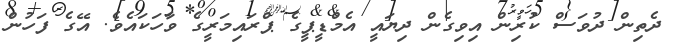
ދެތިން ދުވަސް ކުރިން އިވިގެން ދިޔައީ އެމްޑީޕީގެ ޕްރައިމަރީގެ ވާހަކައެވެ. އޭގެ ފަހުން